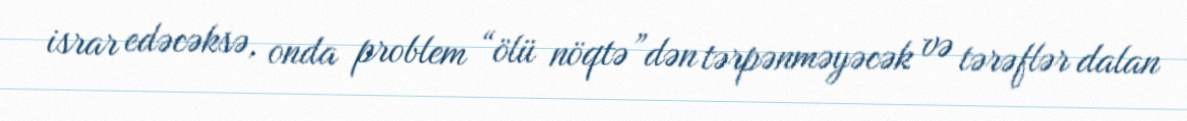
israr edəcəksə, onda problem “ölü nöqtə”dən tərpənməyəcək və tərəflər dalan